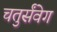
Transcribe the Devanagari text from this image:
चतुर्संवेग